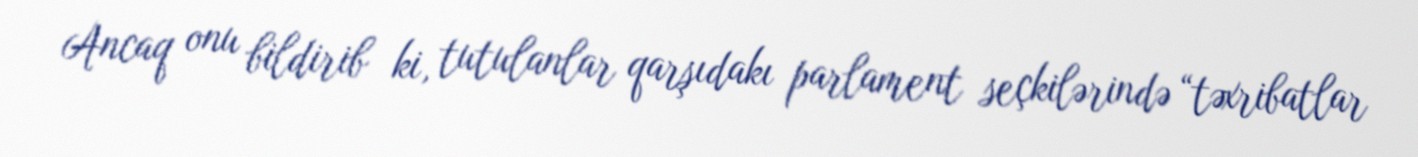
Ancaq onu bildirib ki, tutulanlar qarşıdakı parlament seçkilərində “təxribatlar